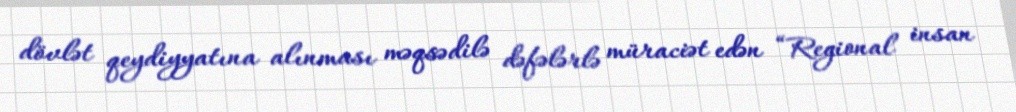
dövlət qeydiyyatına alınması məqsədilə dəfələrlə müraciət edən “Regional insan